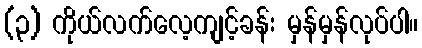
(၃) ကိုယ်လက်လေ့ကျင့်ခန်း မှန်မှန်လုပ်ပါ။